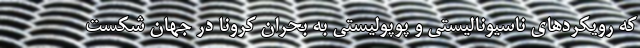
که رویکردهای ناسیونالیستی و پوپولیستی به بحران کرونا در جهان شکست